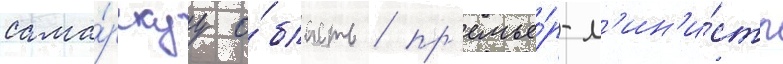
сама́рскуу о́бласть / пр'емье́р-м'ин'и́стр